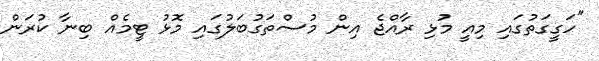
"ހަގީގަތުގައި މިއީ މުޅި ރާއްޖެ އިން މުސްތަގުބަލުގައި މޮޅު ޓީމެއް ބިނާ ކުރަން